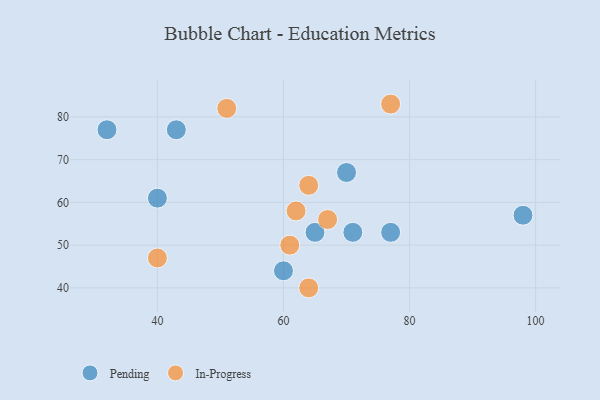
{"axis": {"x": "GDP", "y": "Life Expectancy"}, "legend": ["In-Progress", "Pending"], "data": [{"x": "71", "y": 53, "type": "Pending"}, {"x": "43", "y": 77, "type": "Pending"}, {"x": "98", "y": 57, "type": "Pending"}, {"x": "65", "y": 53, "type": "Pending"}, {"x": "32", "y": 77, "type": "Pending"}, {"x": "40", "y": 61, "type": "Pending"}, {"x": "60", "y": 44, "type": "Pending"}, {"x": "70", "y": 67, "type": "Pending"}, {"x": "77", "y": 53, "type": "Pending"}, {"x": "61", "y": 50, "type": "In-Progress"}, {"x": "62", "y": 58, "type": "In-Progress"}, {"x": "77", "y": 83, "type": "In-Progress"}, {"x": "40", "y": 47, "type": "In-Progress"}, {"x": "64", "y": 64, "type": "In-Progress"}, {"x": "64", "y": 40, "type": "In-Progress"}, {"x": "51", "y": 82, "type": "In-Progress"}, {"x": "67", "y": 56, "type": "In-Progress"}]}